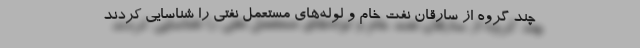
چند گروه از سارقان نفت خام و لوله‌های مستعمل نفتی را شناسایی کردند